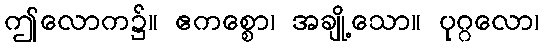
ဤလောက၌။ ဧကစ္စော၊ အချို့သော။ ပုဂ္ဂလော၊